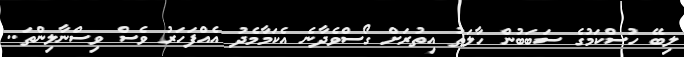
ލިބޭ ހުސްކަމުގެ ސަބަބުން ހާލަތު އިތުރަށް ގޯސްވެދާނެ އެކަމާމެދު އެއްފަހަރު ވެސް ވިސްނާލިންތަ..